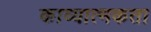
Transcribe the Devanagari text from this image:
काव्‍यात्‍मकता